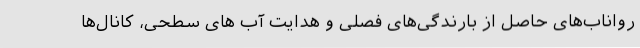
رواناب‌های حاصل از بارندگی‌های فصلی و هدایت آب های سطحی، کانال‌ها